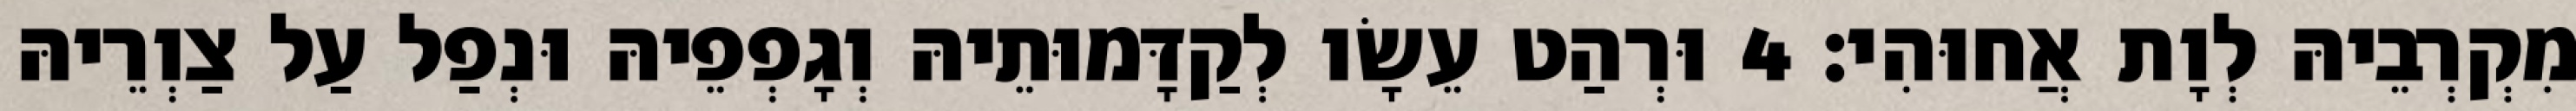
מִקְרְבֵיהּ לְוָת אֲחוּהִי׃ 4 וּרְהַט עֵשָׂו לְקַדָּמוּתֵיהּ וְגָפְפֵיהּ וּנְפַל עַל צַוְרֵיהּ